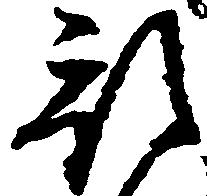
預